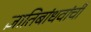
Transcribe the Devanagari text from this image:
ज्ञातिबांधवांची